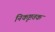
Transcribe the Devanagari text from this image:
निकृष्टतक